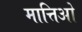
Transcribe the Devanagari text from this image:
मात्तिओ